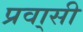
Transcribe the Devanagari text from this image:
प्रवा्सी